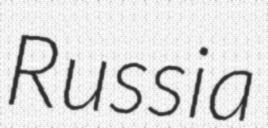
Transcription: Russia